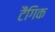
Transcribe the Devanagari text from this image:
टैंगिक